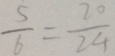
\frac { 5 } { 6 } = \frac { 2 0 } { 2 4 }